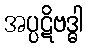
အပ္ပဋိဗဒ္ဓါ